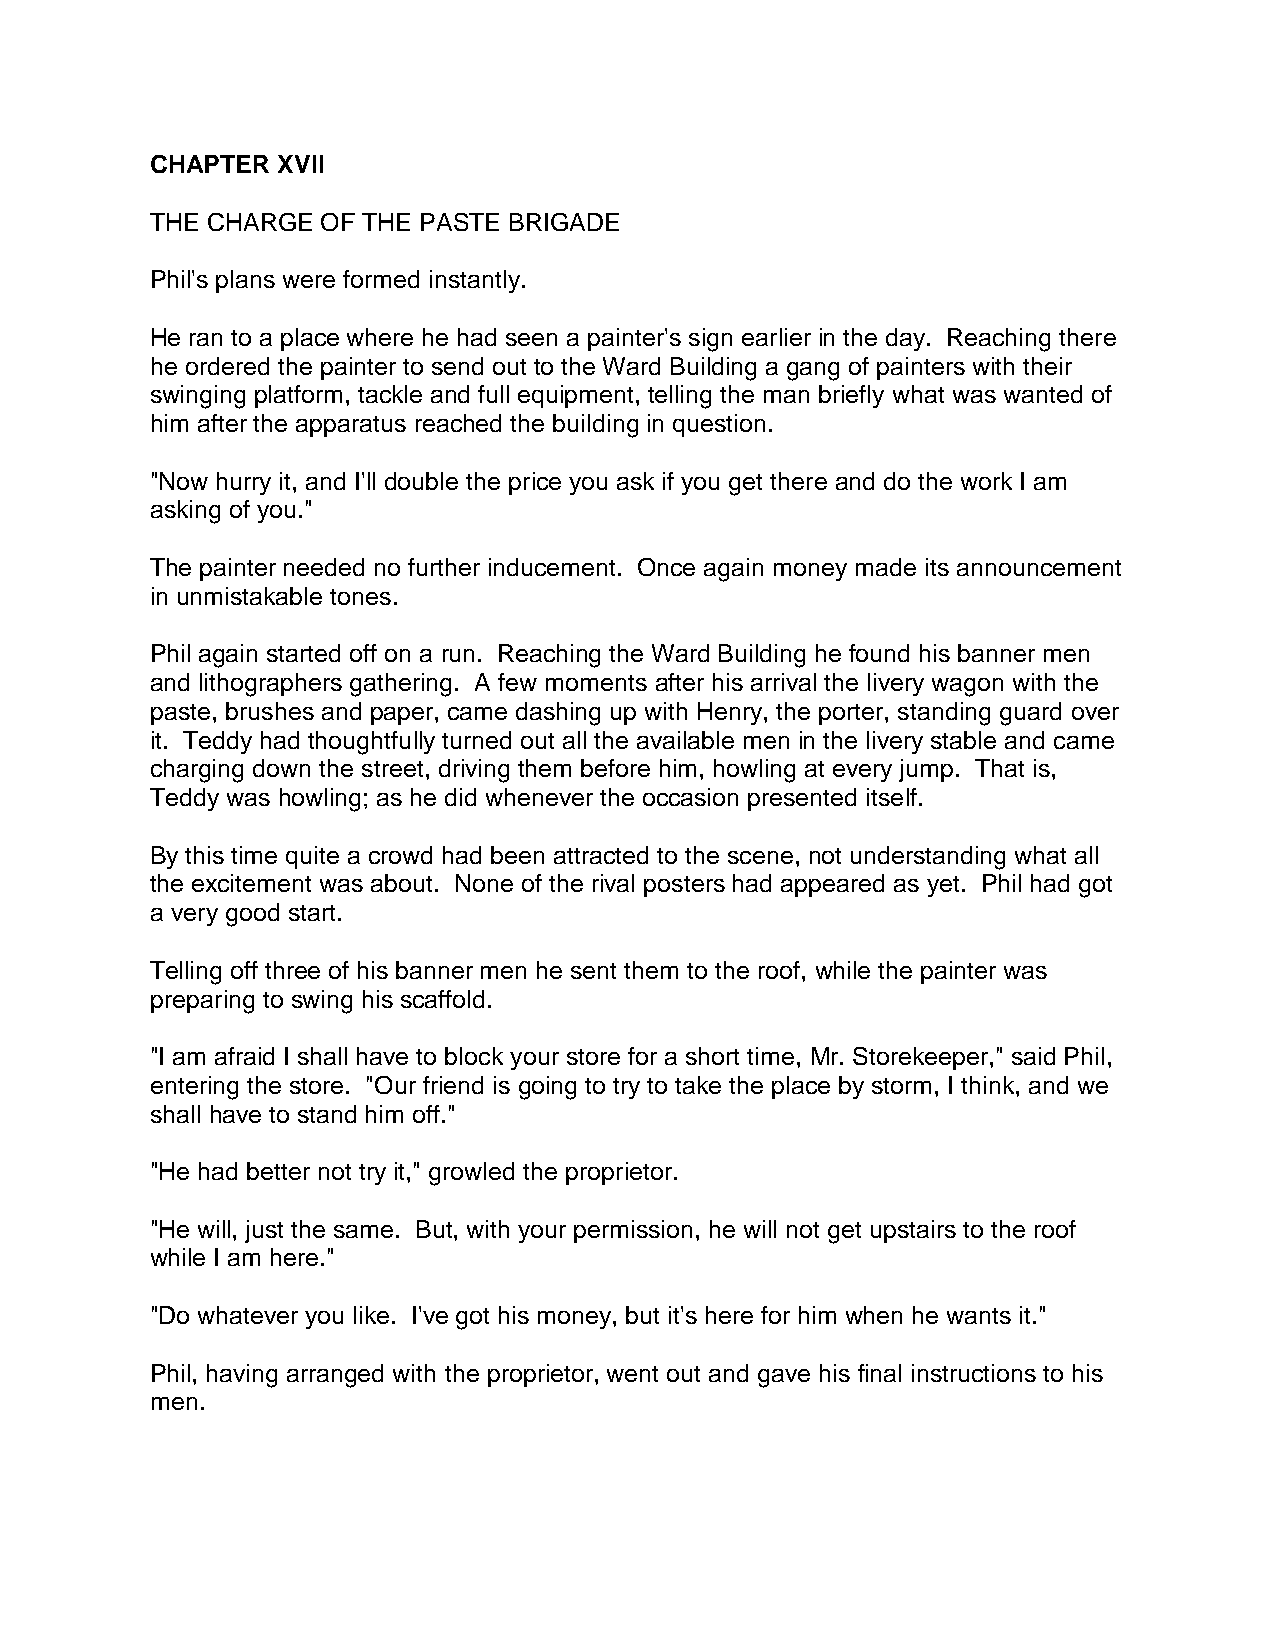
CHAPTER XVII
 THE CHARGE OF THE PASTE BRIGADE
 Phil's plans were formed instantly.
 He ran to a place where he had seen a painter's sign earlier in the day. Reaching there
 he ordered the painter to send out to the Ward Building a gang of painters with their
 swinging platform, tackle and full equipment, telling the man briefly what was wanted of
 him after the apparatus reached the building in question.
 "Now hurry it, and I'll double the price you ask if you get there and do the work I am
 asking of you."
 The painter needed no further inducement. Once again money made its announcement
 in unmistakable tones.
 Phil again started off on a run. Reaching the Ward Building he found his banner men
 and lithographers gathering. A few moments after his arrival the livery wagon with the
 paste, brushes and paper, came dashing up with Henry, the porter, standing guard over
 it. Teddy had thoughtfully turned out all the available men in the livery stable and came
 charging down the street, driving them before him, howling at every jump. That is,
 Teddy was howling; as he did whenever the occasion presented itself.
 By this time quite a crowd had been attracted to the scene, not understanding what all
 the excitement was about. None of the rival posters had appeared as yet. Phil had got
 a very good start.
 Telling off three of his banner men he sent them to the roof, while the painter was
 preparing to swing his scaffold.
 "I am afraid I shall have to block your store for a short time, Mr. Storekeeper," said Phil,
 entering the store. "Our friend is going to try to take the place by storm, I think, and we
 shall have to stand him off."
 "He had better not try it," growled the proprietor.
 "He will, just the same. But, with your permission, he will not get upstairs to the roof
 while I am here."
 "Do whatever you like. I've got his money, but it's here for him when he wants it."
 Phil, having arranged with the proprietor, went out and gave his final instructions to his
 men.